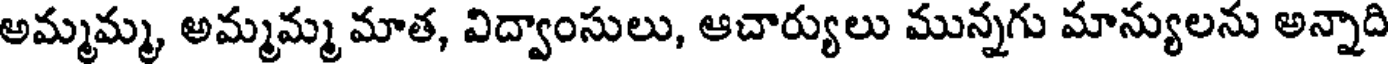
అమ్మమ్మ, అమ్మమ్మ మాత, విద్వాంసులు, ఆచార్యులు మున్నగు మాన్యులను అన్నాది